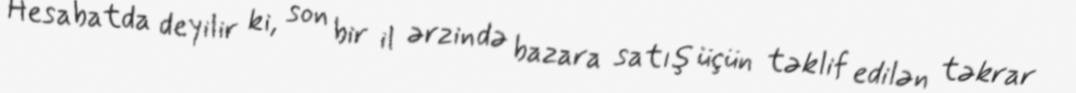
Hesabatda deyilir ki, son bir il ərzində bazara satış üçün təklif edilən təkrar